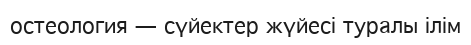
остеология — сүйектер жүйесі туралы ілім